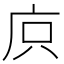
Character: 㡶